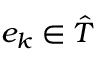
e _ { k } \in { \hat { T } }